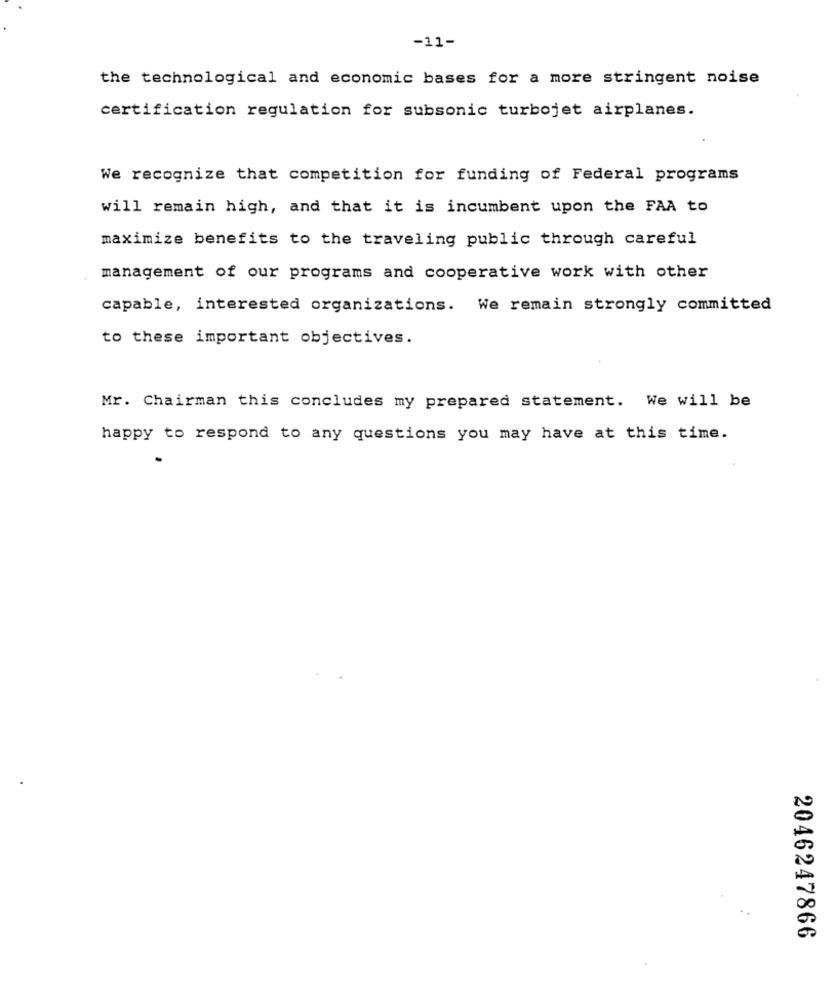
-11-
the technological and economic bases for a more stringent noise
certification regulation for subsonic turbojet airplanes.
We recognize that competition for funding of Federal programs
will remain high, and that it is incumbent upon the FAA to
maximize benefits to the traveling public through careful
management of our programs and cooperative work with other
capable, interested organizations. We remain strongly committed
to these important objectives.
Mr. Chairman this concludes my prepared statement. We will be
happy to respond to any questions you may have at this time.
2046247866